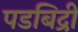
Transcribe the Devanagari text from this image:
पडबिद्री